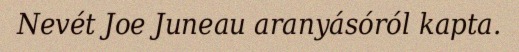
Nevét Joe Juneau aranyásóról kapta.